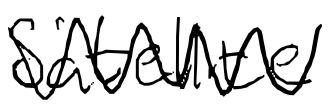
Text: Satellite
Cross-out: zig-zag
Writing tool: digital_black